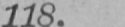
118.